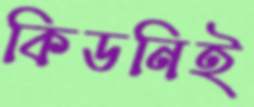
কিডনিই